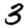
Digit: 3